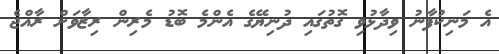
އެ މަނިކުފާނު ވިދާޅުވި ގޮތުގައި ދުނިޔޭގެ އެންމެ ބޮޑު މެރިން ރިޒާވަށް ރާއްޖެ